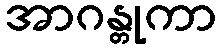
အာဂန္တုကာ